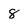
Character: 8